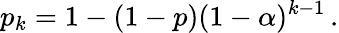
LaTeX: p_{k}=1-(1-p)(1-\alpha)^{k-1}\, .